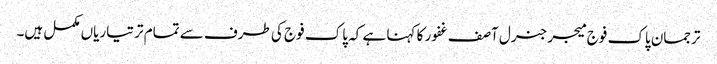
ترجمان پاک فوج میجر جنرل آصف غفور کا کہنا ہے کہ پاک فوج کی طرف سے تمام تر تیاریاں مکمل ہیں۔